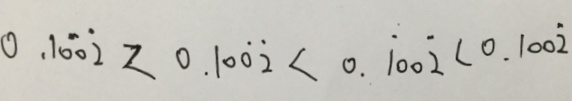
0 . 1 0 \dot { 0 } \dot { 2 } < 0 . 1 0 \dot { 0 } \dot { 2 } < 0 . \dot { 1 } 0 0 \dot { 2 } < 0 . 1 0 0 \dot { 2 }